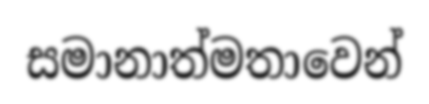
සමානාත්මතාවෙන්